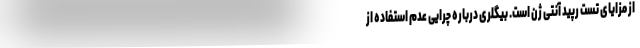
از مزایای تست رپید آنتی ژن است. بیگلری درباره چرایی عدم استفاده از